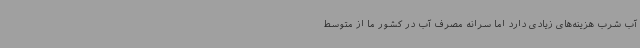
آب شرب هزینه‌های زیادی دارد اما سرانه مصرف آب در کشور ما از متوسط